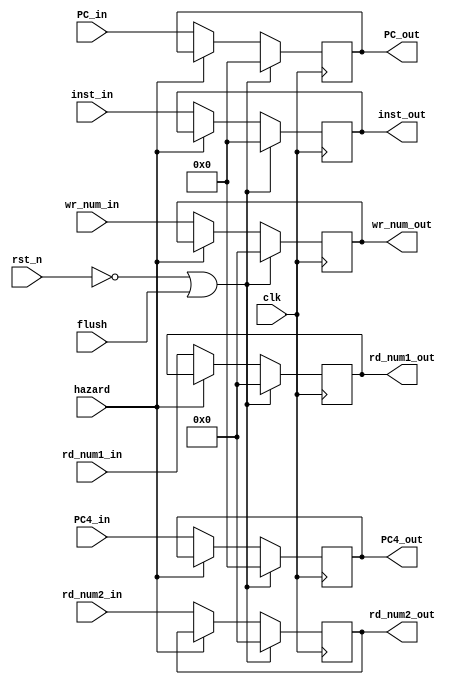
/************************************************* 
 
Copyright:Call_Me_ZK

File name:IFID.v

Author:ZK
 
Date:2020-08-16
 
Description:

  IF_ID
  PC Instruction PC+4 rd_num1 rd_num2 wr_num
  
  flushEX, 
  , PC, IF
  . , IFID, ID
  . 
  
  hazarddata hazard, 

**************************************************/

module IFID

	#(parameter PC_width = 32, inst_width = 32, num_width = 5)

(clk, rst_n, flush, hazard, PC_in, PC4_in, inst_in,rd_num1_in, rd_num2_in, wr_num_in,
PC_out, PC4_out, inst_out, rd_num1_out, rd_num2_out, wr_num_out);
	
	//
	input clk, rst_n, flush, hazard;
	input [PC_width-1:0] PC_in, PC4_in;
	input [inst_width-1:0] inst_in;
	input [num_width-1:0] rd_num1_in, rd_num2_in, wr_num_in;
	//
	output reg [PC_width-1:0] PC_out, PC4_out;
	output reg [inst_width-1:0] inst_out;
	output reg [num_width-1:0] rd_num1_out, rd_num2_out, wr_num_out;
	
	//, rst_nflush
	wire zero = ~rst_n | flush;
	
	always@(posedge clk) begin
		if(zero) begin
			PC_out <= 0;
			PC4_out <= 0;
			inst_out <= 0;
			rd_num1_out <= 0;
			rd_num2_out <= 0;
			wr_num_out <= 0;
		end else if(hazard) begin
			PC_out <= PC_out;
			PC4_out <= PC4_out;
			inst_out <= inst_out;
			rd_num1_out <= rd_num1_out;
			rd_num2_out <= rd_num2_out;
			wr_num_out <= wr_num_out;
		end else begin
			PC_out <= PC_in;
			PC4_out <= PC4_in;
			inst_out <= inst_in;
			rd_num1_out <= rd_num1_in;
			rd_num2_out <= rd_num2_in;
			wr_num_out <= wr_num_in;
		
		end
	end

endmodule